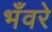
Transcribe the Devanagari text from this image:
भँवरे